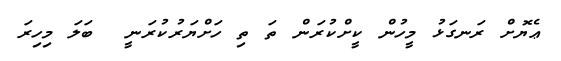
ޢެޔޮށް ރަނގަޅު މީހުން ކީށްކުރަން ތަ ތި ހަށްޔަރުކުރަނީ  ބަލަ މިހިރަ